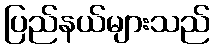
ပြည်နယ်များသည်